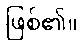
ဖြစ်၏။